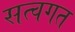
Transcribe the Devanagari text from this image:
सत्वगत